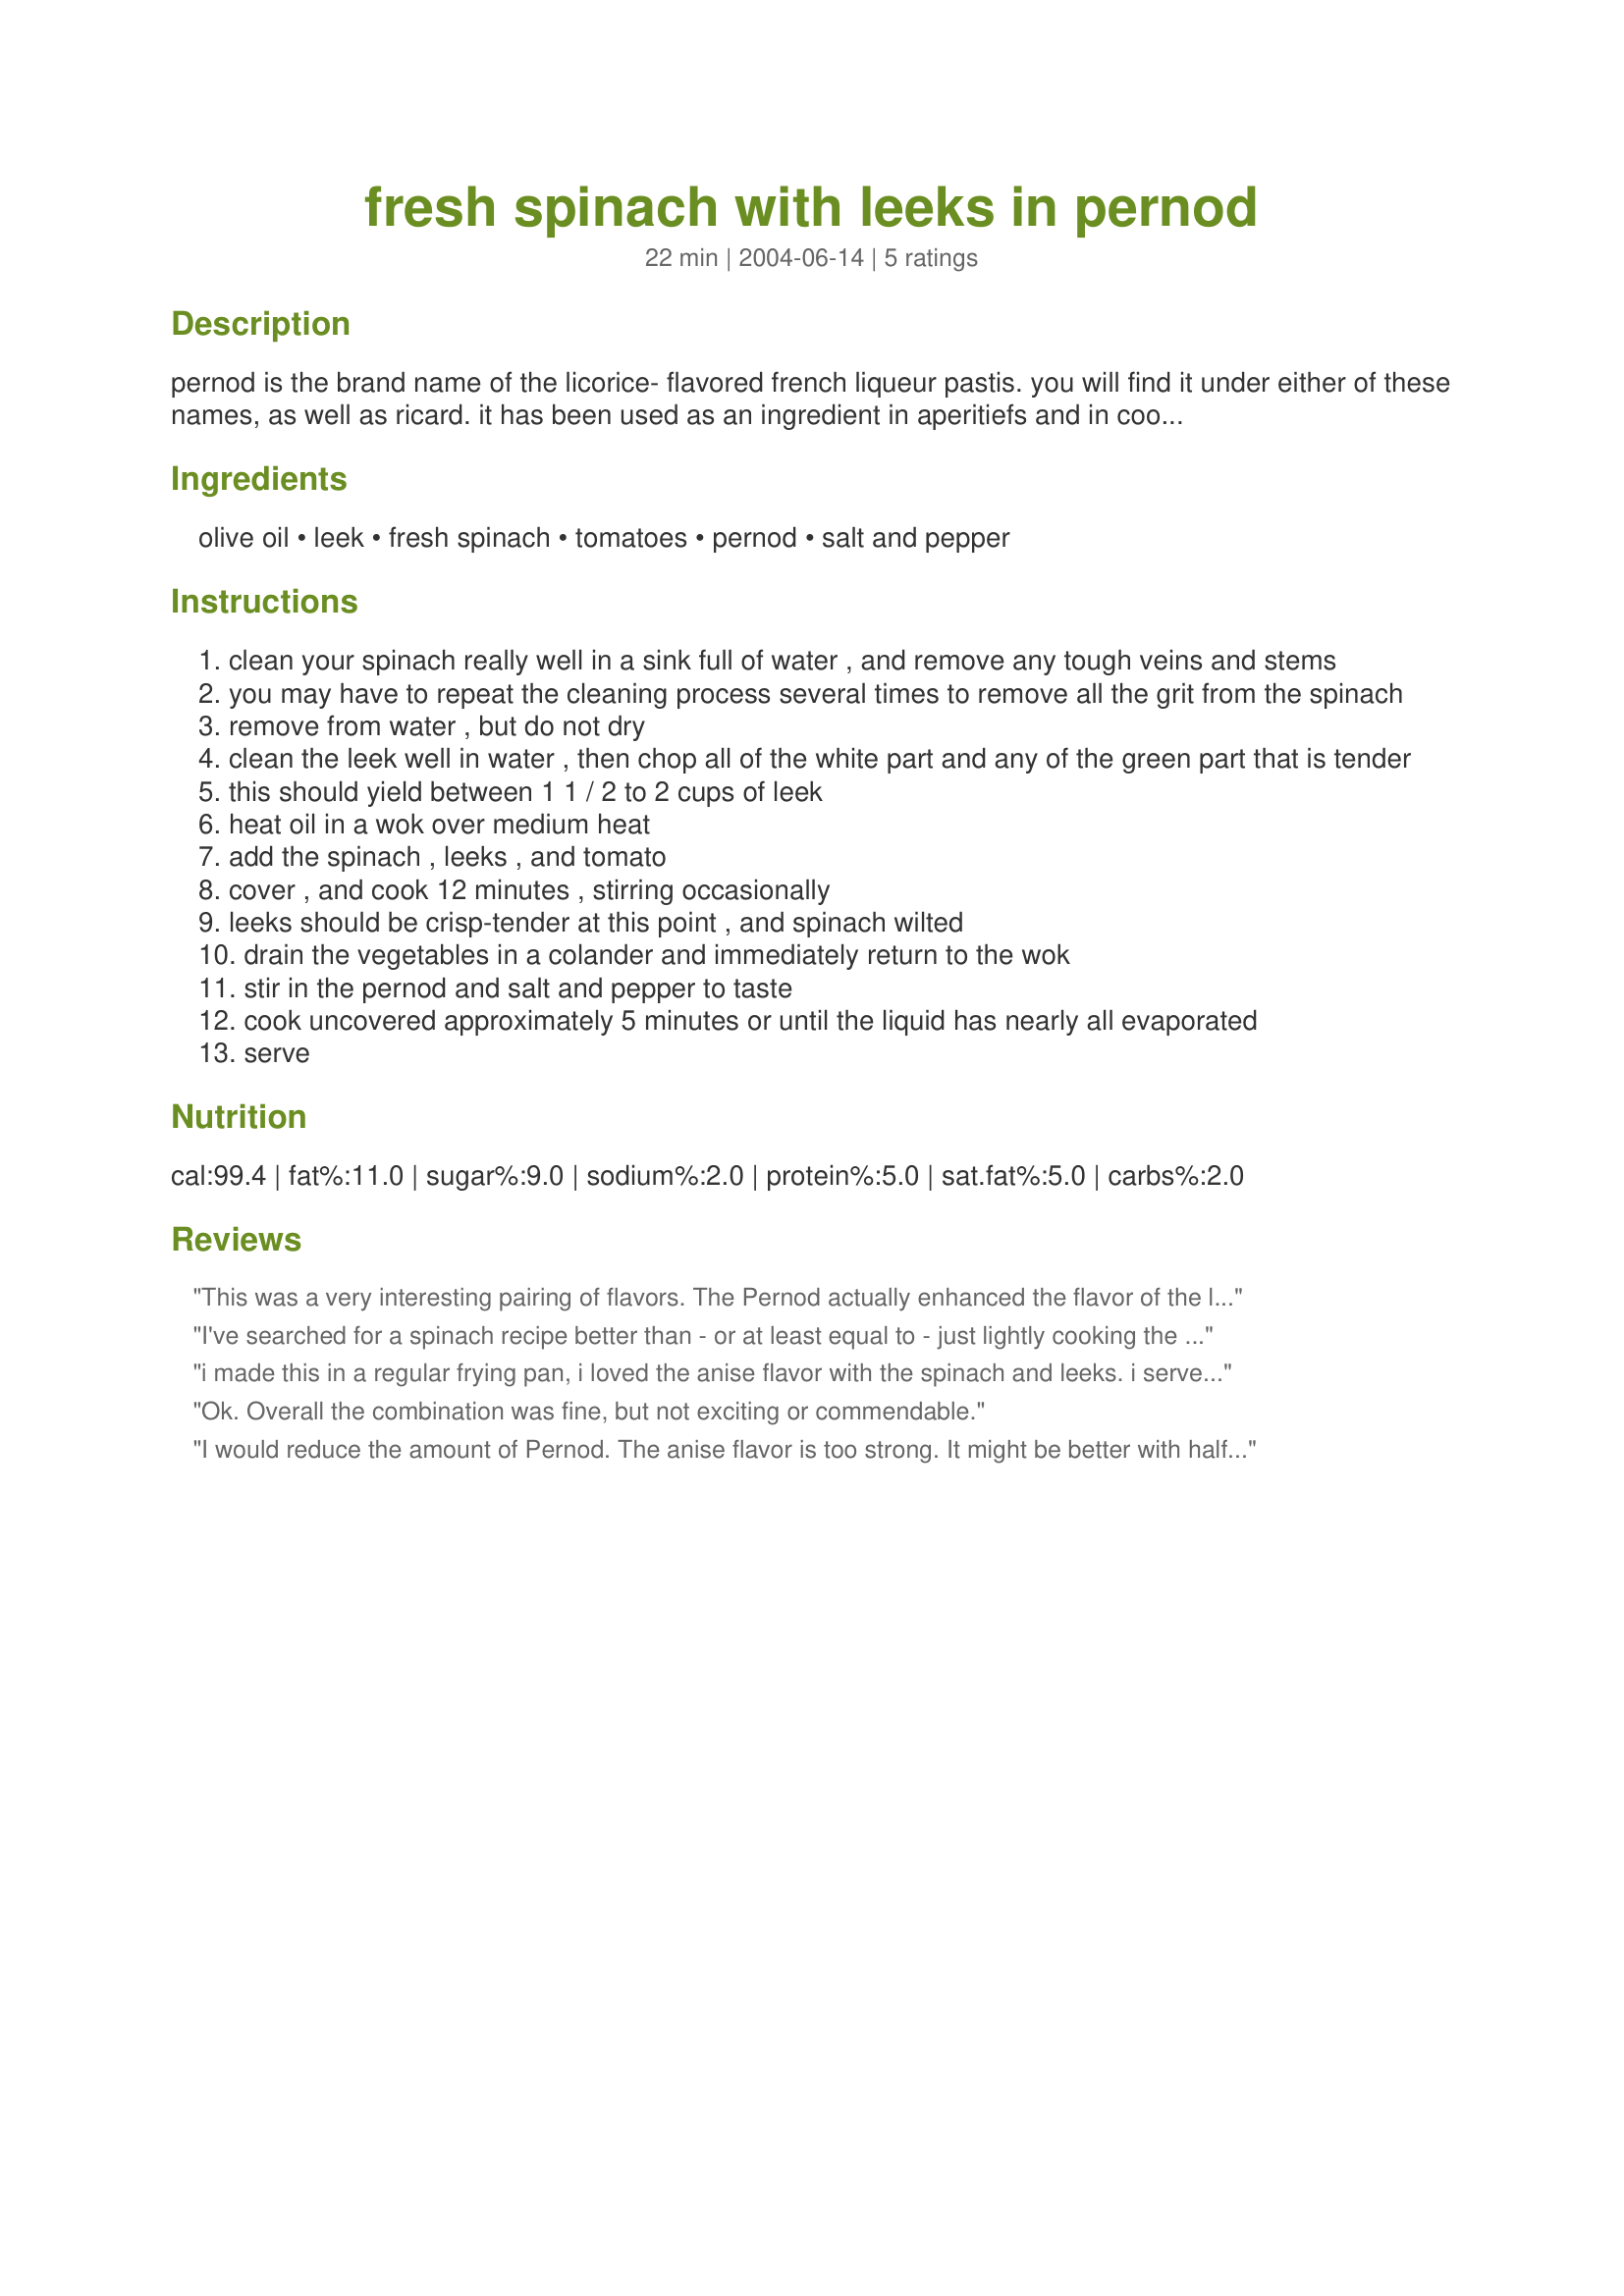
fresh spinach with leeks in pernod
Preparation time: 22 minutes

pernod is the brand name of the licorice- flavored french liqueur pastis. you will find it under either of these names, as well as ricard. it has been used as an ingredient in aperitiefs and in cooking for over 200 years! this is a fantastically easy as well as attractive dish we really enjoy - the pernod tempers the bitterness you sometimes have with fresh spinach. i've put in a minimal prepartion time as this will really depend on how gritty your spinach and leek are. if you've never drunk pernod before, consider giving it a try-- i'm also posting the recipe for the drink pernod classique (pastis), which is a really refreshing summer drink. millions of frenchman can't all be wrong . . .

Ingredients:
olive oil, leek, fresh spinach, tomatoes, pernod, salt and pepper

Steps:
clean your spinach really well in a sink full of water , and remove any tough veins and stems
you may have to repeat the cleaning process several times to remove all the grit from the spinach
remove from water , but do not dry
clean the leek well in water , then chop all of the white part and any of the green part that is tender
this should yield between 1 1 / 2 to 2 cups of leek
heat oil in a wok over medium heat
add the spinach , leeks , and tomato
cover , and cook 12 minutes , stirring occasionally
leeks should be crisp-tender at this point , and spinach wilted
drain the vegetables in a colander and immediately return to the wok
stir in the pernod and salt and pepper to taste
cook uncovered approximately 5 minutes or until the liquid has nearly all evaporated
serve

Reviews:
This was a very interesting pairing of flavors. The Pernod actually enhanced the flavor of the leek more than the spinach. It did take the gritty after-effect away that you sometimes get with cooked fresh spinach. Mixed with all of these other ingredients, the licorice flavor of the Pernod sort of becomes undecernible and takes on a sweet flavor in the spinach. I will definitely use Pernod paired with leeks again that is for sure because they are enhanced by it greatly!!! Thanks for a very unique recipe!!!!
I've searched for a spinach recipe better than - or at least equal to - just lightly cooking the spinach and sprinkling with lemon juice. This is it! I did cheat. Pastis was $29.95 a bottle. I used Greek Orzo, $15.95, and cut the quantity down to just about a tablespoon to keep it subtle. I've gotten great reviews and no one can figure out what the flavoring is! Ha! ha!
i made this in a regular frying pan, i loved the anise flavor with the spinach and leeks. i served this with your creamy pork chops and mashed potatoes, lovely dinner.
Ok. Overall the combination was fine, but not exciting or commendable.
I would reduce the amount of Pernod. The anise flavor is too strong. It might be better with half as much Pernod.
